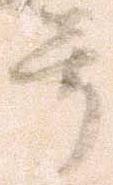
并